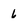
Character: 6